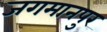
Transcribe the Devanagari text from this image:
जगमानपुर